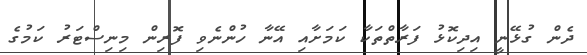
ދެން ގުޅޭނީ އިދިކޮޅު ފަރާތްތަކާ ކަމަށާއި އޭނާ ހުންނެވި ފޮރިން މިނިސްޓަރު ކަމުގެ